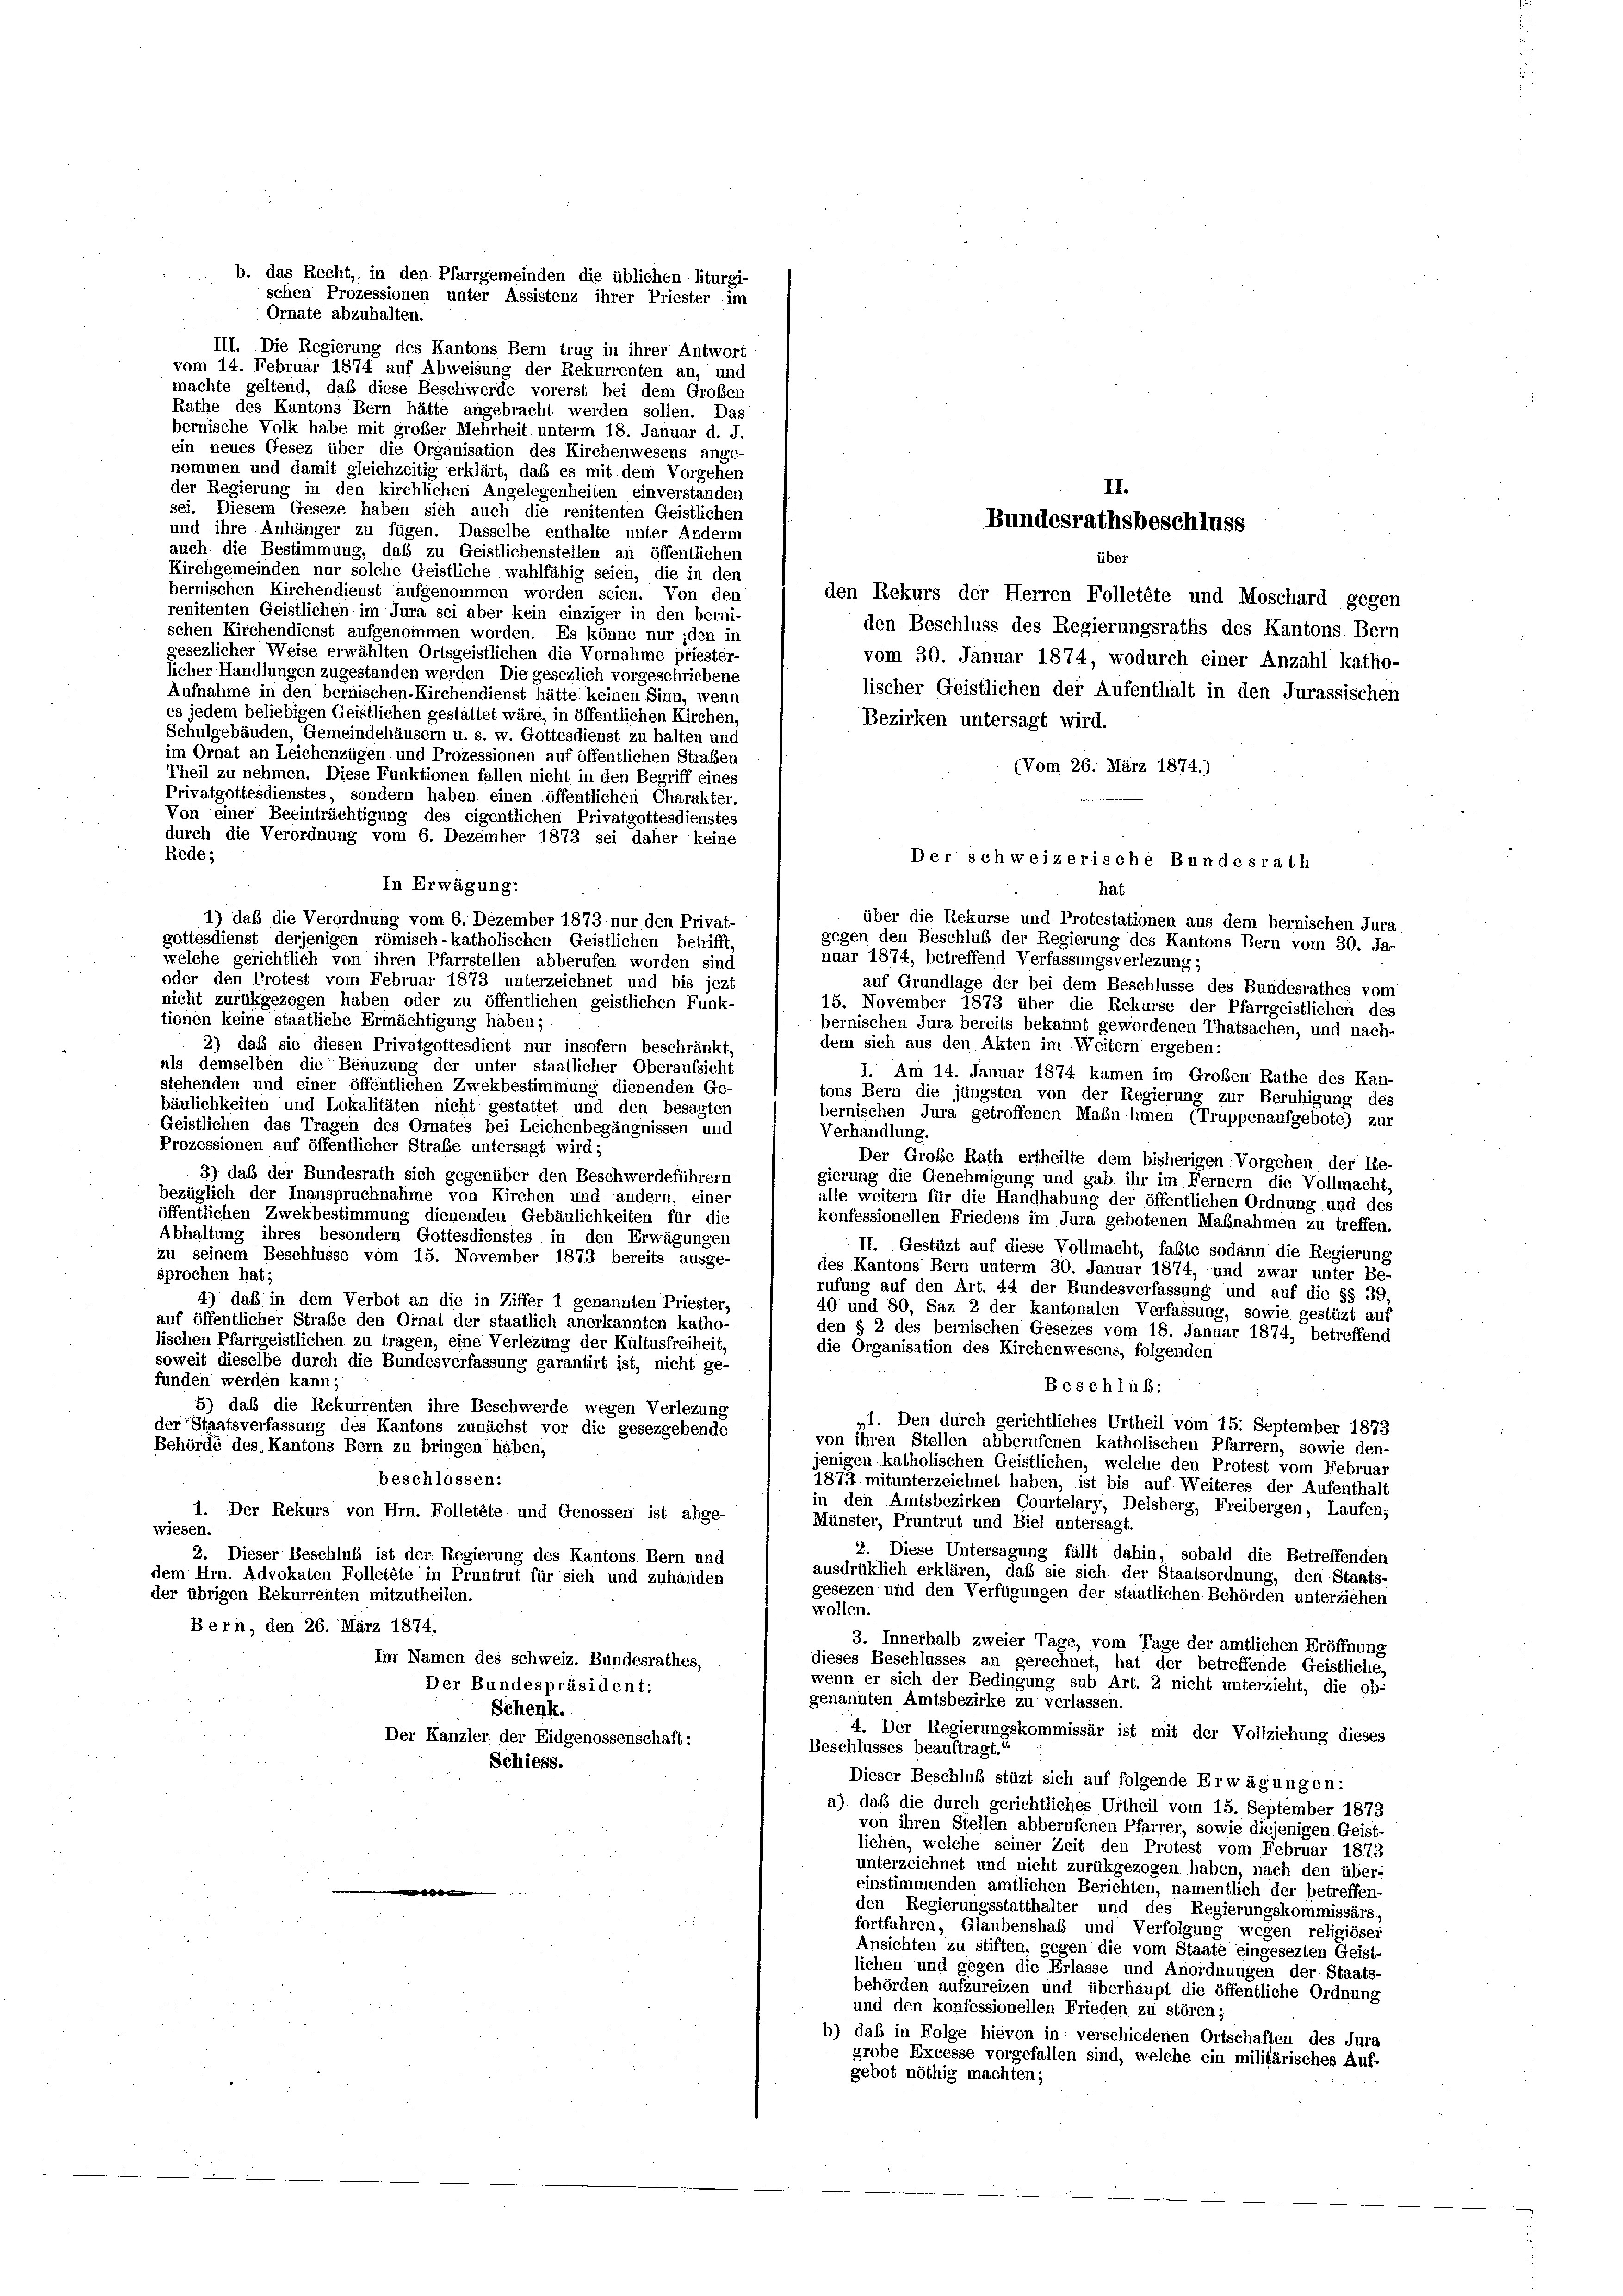
Ornate abzuhalten.
III. Die Regierung des Kantons Bern trug in ihrer Antwort
vom 14. Februar 1874 auf Abweisung der Rekurrenten an, und
machte geltend, daß diese Beschwerde vorerst bei dem Großen
Rathe des Kantons Bern hätte angebracht werden sollen. Das
bernische Volk habe mit großer Mehrheit unterm 18. Januar d. J.
ein neues Gesez über die Organisation des Kirchenwesens ange-
nommen und damit gleichzeitig erklärt, daß es mit dem Vorgehen
der Regierung in den kirchlichen Angelegenheiten einverstanden
sei. Diesem Geseze haben sich auch die renitenten Geistlichen
und ihre Anhänger zu fügen. Dasselbe enthalte unter Anderm
auch die Bestimmung, daß zu Geistlichenstellen an öffentlichen
Kirchgemeinden nur solche Geistliche wahlfähig seien, die in den
bernischen Kirchendienst aufgenommen worden seien. Von den
den Rekurs der Herren Folletete und Moschard gegen
renitenten Geistlichen im Jura sei aber kein einziger in den berni-
den Beschluss des Regierungsraths des Kantons Bern
schen Kirchendienst aufgenommen worden. Es könne nur iden in
gesezlicher Weise erwählten Ortsgeistlichen die Vornahme priester-
vom 30. Januar 1874, wodurch einer Anzahl katho-
licher Handlungen zugestanden werden Die gesezlich vorgeschriebene
lischer Geistlichen der Aufenthalt in den Jurassischen
Aufnahme in den bernischen-Kirchendienst hätte keinen Sinn, wenn
es jedem beliebigen Geistlichen gestattet wäre, in öffentlichen Kirchen,
Bezirken untersagt wird.
Schulgebäuden, Gemeindehäusern u. s. w. Gottesdienst zu halten und
im Ornat an Leichenzügen und Prozessionen auf öffentlichen Straßen
(Vom 26. März 1874.)
Theil zu nehmen. Diese Funktionen fallen nicht in den Begriff eines
Privatgottesdienstes, sondern haben einen öffentlichen Charakter.
Von einer Beeinträchtigung des eigentlichen Privatgottesdienstes
durch die Verordnung vom 6. Dezember 1873 sei daher keine
Rede;
Der schweizerische Bundesrath
In Erwägung:
hat
1) daß die Verordnung vom 6. Dezember 1873 nur den Privat-
über die Rekurse und Protestationen aus dem bernischen Jura
gottesdienst derjenigen römisch-katholischen Geistlichen betrifft,
gegen den Beschluß der Regierung des Kantons Bern vom 30. Ja-
nuar 1874, betreffend Verfassungsverlezung;
welche gerichtlich von ihren Pfarrstellen abberufen worden sind
oder den Protest vom Februar 1873 unterzeichnet und bis jezt
auf Grundlage der bei dem Beschlüsse des Bundesrathes vom
nicht zurükgezogen haben oder zu öffentlichen geistlichen Funk-
15. November 1873 über die Rekurse der Pfarrgeistlichen des
tionen keine staatliche Ermächtigung haben;
bernischen Jura bereits bekannt gewordenen Thatsachen, und nach-
dem sich aus den Akten im Weitern ergeben:
2) daß sie diesen Privatgottesdient nur insofern beschränkt,
als demselben die Benuzung der unter staatlicher Oberaufsicht
1. Am 14. Januar 1874 kamen im Großen Rathe des Kan-
stehenden und einer öffentlichen Zwekbestimmung dienenden Ge-
tons Bern die jüngsten von der Regierung zur Beruhigung des
bäulichkeiten und Lokalitäten nicht gestattet und den besagten
bernischen Jura getroffenen Mahn hmen (Truppenaufgebote) zur
Geistlichen das Tragen des Ornates bei Leichenbegängnissen und
Verhandlung.
Prozessionen auf öffentlicher Straße untersagt wird;
Der Große Rath ertheilte dem bisherigen. Vorgehen der Re-
3) das der Bundesrath sich gegenüber den Beschwerdeführern
gierung die Genehmigung und gab ihr im Ferner die Vollmacht,
bezüglich der Inanspruchnahme von Kirchen und andern, einer
alle weitern für die Handhabung der öffentlichen Ordnung und des
öffentlichen Zwekbestimmung dienenden Gebäulichkeiten für die
konfessionellen Friedens im Jura gebotenen Maßnahmen zu treffen.
Abhaltung ihres besondern Gottesdienstes in den Erwägungen
II. Gestüzt auf diese Vollmacht, faßte sodann die Regierung
zu seinem Beschlusse vom 15. November 1873 bereits ausge-
des Kantons Bern unterm 30. Januar 1874, und zwar unter Be
sprochen hat.
rufung auf den Art. 44 der Bundesverfassung und auf die §§ 39,
4) daß in dem Verbot an die in Ziffer 1 genannten Priester,
40 und 80, Saz 2 der kantonalen Verfassung, sowie gestüzt auf
auf öffentlicher Straße den Ornat der staatlich anerkannten katho-
den § 2 des bernischen Gesezes vom 18. Januar 1874, betreffend
lischen Pfarrgeistlichen zu tragen, eine Verlegung der Kultusfreiheit,
die Organisation des Kirchenwesens, folgenden
soweit dieselbe durch die Bundesverfassung garantirt ist, nicht ge-
funden werden kann;
Beschluß:
5) daß die Rekurrenten ihre Beschwerde wegen Verlegung
„1. Den durch gerichtliches Urtheil vom 15. September 1873
der Staatsverfassung des Kantons zunächst vor die gesezgebende
von ihren Stellen abberufenen katholischen Pfarrern, sowie den-
Behörde des Kantons Bern zu bringen haben,
jenigen katholischen Geistlichen, welche den Protest vom Februar
beschlossen:
1873 mitunterzeichnet haben, ist bis auf Weiteres der Aufenthalt
in den Amtsbezirken Courtelary, Delsberg, Freibergen, Laufen,
1. Der Rekurs von Hrn. Folletête und Genossen ist abge-
Münster, Pruntrut und Biel untersagt.
wiesen.
2. Diese Untersagung fällt dahin, sobald die Betreffenden
2. Dieser Beschluß ist der Regierung des Kantons. Bern und
ausdrüklich erklären, daß sie sich der Staatsordnung, den Staats-
dem Hrn. Advokaten Folletete in Pruntrut für sich und zuhänden
gesezen und den Verfügungen der staatlichen Behörden unterziehen
der übrigen Rekurrenten mitzutheilen.
wollen.
Bern, den 26. März 1874.
3. Innerhalb zweier Tage, vom Tage der amtlichen Eröffnung
Im Namen des schweiz. Bundesrathes,
dieses Beschlusses an gerechnet, hat der betreffende Geistliche,
wenn er sich der Bedingung sub Art. 2 nicht unterzieht, die ob-
Der Bundespräsident:
genannten Amtsbezirke zu verlassen.
Schenk.
4. Der Regierungskommissär ist mit der Vollziehung dieses
Der Kanzler der Eidgenossenschaft:
Beschlusses beauftragt.
Schiess.
Dieser Beschluß stüzt sich auf folgende Erwägungen:
a) daß die durch gerichtliches Urtheil vom 15. September 1873
von ihren Stellen abberufenen Pfarrer, sowie diejenigen Geist
lichen, welche seiner Zeit den Protest vom Februar 1873
unterzeichnet und nicht zurükgezogen haben, nach den über-
einstimmenden amtlichen Berichten, namentlich der betreffen-
t
den Regierungsstatthalter und des Regierungskommissärs,
fortfahren, Glaubenshab und Verfolgung wegen religiöser
Ansichten zu stiften, gegen die vom Staate eingesezten Geist-
lichen und gegen die Erlasse und Anordnungen der Staats-
behörden aufzureizen und überhaupt die öffentliche Ordnung
und den konfessionellen Frieden zu stören;
b) daß in Folge hievon in verschiedenen Ortschaften des Jura
grobe Excesse vorgefallen sind, welche ein militärisches Auf-
gebot nöthig machten;

b. das Recht, in den Pfarrgemeinden die üblichen liturgi-

schen Prozessionen unter Assistenz ihrer Priester im

II.
Bundesrathsbeschluss
über